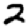
Digit: 2